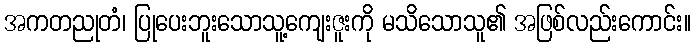
အကတညုတံ၊ ပြုပေးဘူးသောသူ့ကျေးဇူးကို မသိသောသူ၏ အဖြစ်လည်းကောင်း။